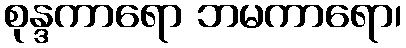
စုန္ဒကာရော ဘမကာရော၊